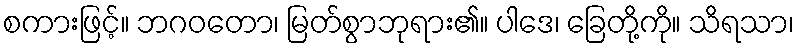
စကားဖြင့်။ ဘဂဝတော၊ မြတ်စွာဘုရား၏။ ပါဒေ၊ ခြေတို့ကို။ သိရသာ၊